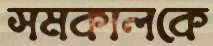
সমকালকে